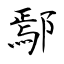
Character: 鄢